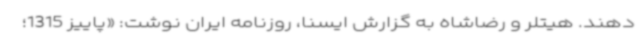
دهند. هیتلر و رضاشاه به گزارش ایسنا، روزنامه ایران نوشت: «پاییز 1315؛